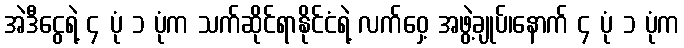
အဲဒီငွေရဲ့ ၄ ပုံ ၁ ပုံက သက်ဆိုင်ရာနိုင်ငံရဲ့ လက်ဝှေ့ အဖွဲ့ချုပ်၊နောက် ၄ ပုံ ၁ ပုံက